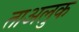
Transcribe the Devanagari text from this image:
ताअलुक